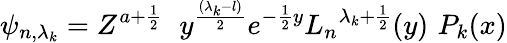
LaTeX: \psi_{n,{\lambda_{k}}}=Z^{a+\frac{1}{2}}\, \, \ y^{\frac{({\lambda_{k}}-l)}{2}}e^{-{\frac{1}{2}}y}{L_{n}}^{{\lambda_{k}}+{\frac{1}{2}}}(y)\, \, P_{k}(x)